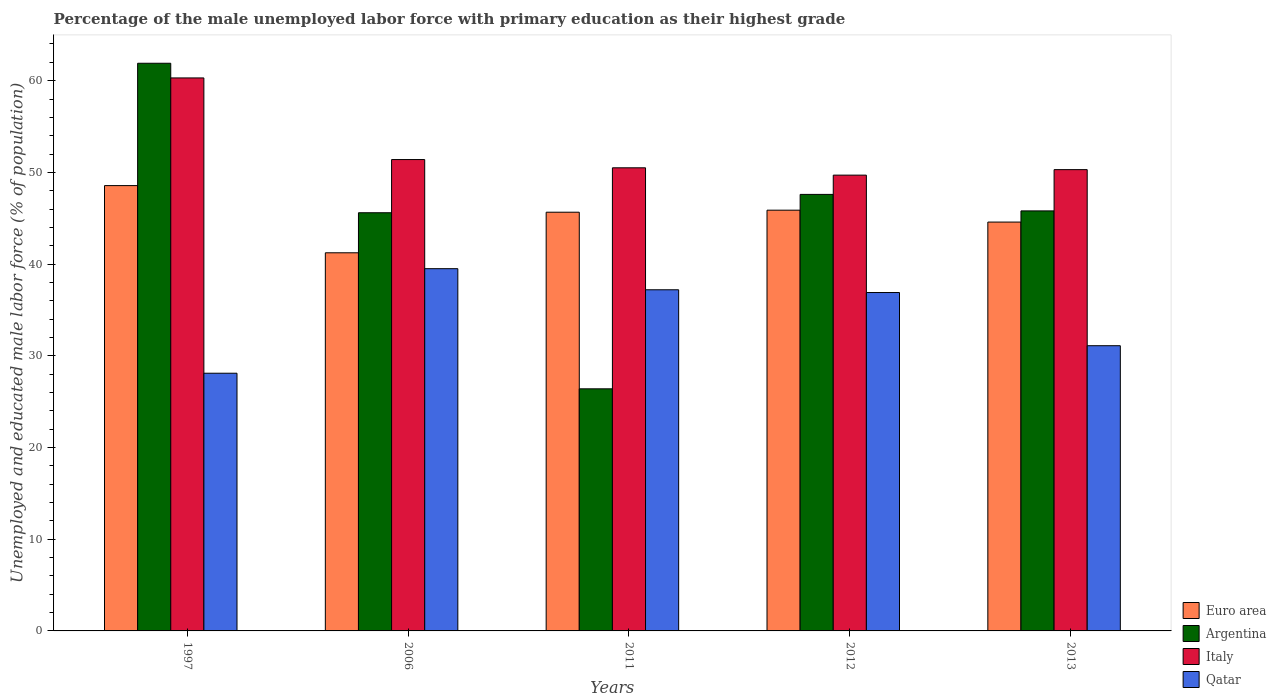
| Years | Euro area | Argentina | Italy | Qatar |
 | --- | --- | --- | --- | --- |
 | 1997 | 48.6 | 61.9 | 60.3 | 28.1 |
 | 2006 | 41.2 | 45.6 | 51.4 | 39.5 |
 | 2011 | 45.7 | 26.4 | 50.5 | 37.2 |
 | 2012 | 45.9 | 47.6 | 49.7 | 36.9 |
 | 2013 | 44.6 | 45.8 | 50.3 | 31.1 |